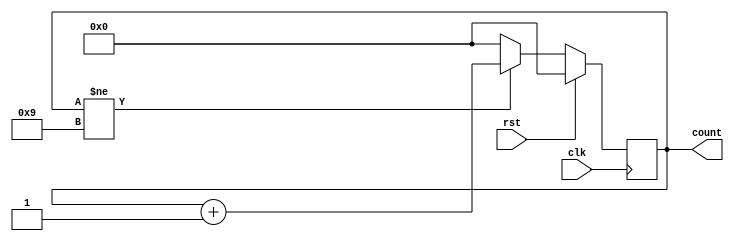
module bcd_counter(count,clk,rst);

input clk, rst;
output [3:0] count;
reg [3:0]q;

assign count=q;

always @(posedge clk)
 begin

	if (rst)
	begin
	q<= 4'b0000;
	end

	else
	begin
	 if(q!=4'b1001)
	  q<= q+1;
	 else
	  q<= 4'b0000;
	end
 end

endmodule